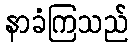
နာခံကြသည်